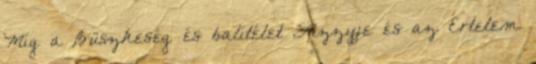
Míg a Büszkeség és balítélet Lizzyje és az Értelem